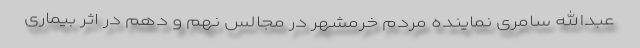
عبدالله سامری نماینده مردم خرمشهر در مجالس نهم و دهم در اثر بیماری